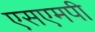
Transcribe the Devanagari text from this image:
एसएमपी